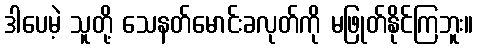
ဒါပေမဲ့ သူတို့ သေနတ်မောင်းခလုတ်ကို မဖြုတ်နိုင်ကြဘူး။